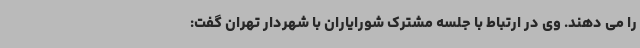
را می دهند. وی در ارتباط با جلسه مشترک شورایاران با شهردار تهران گفت: